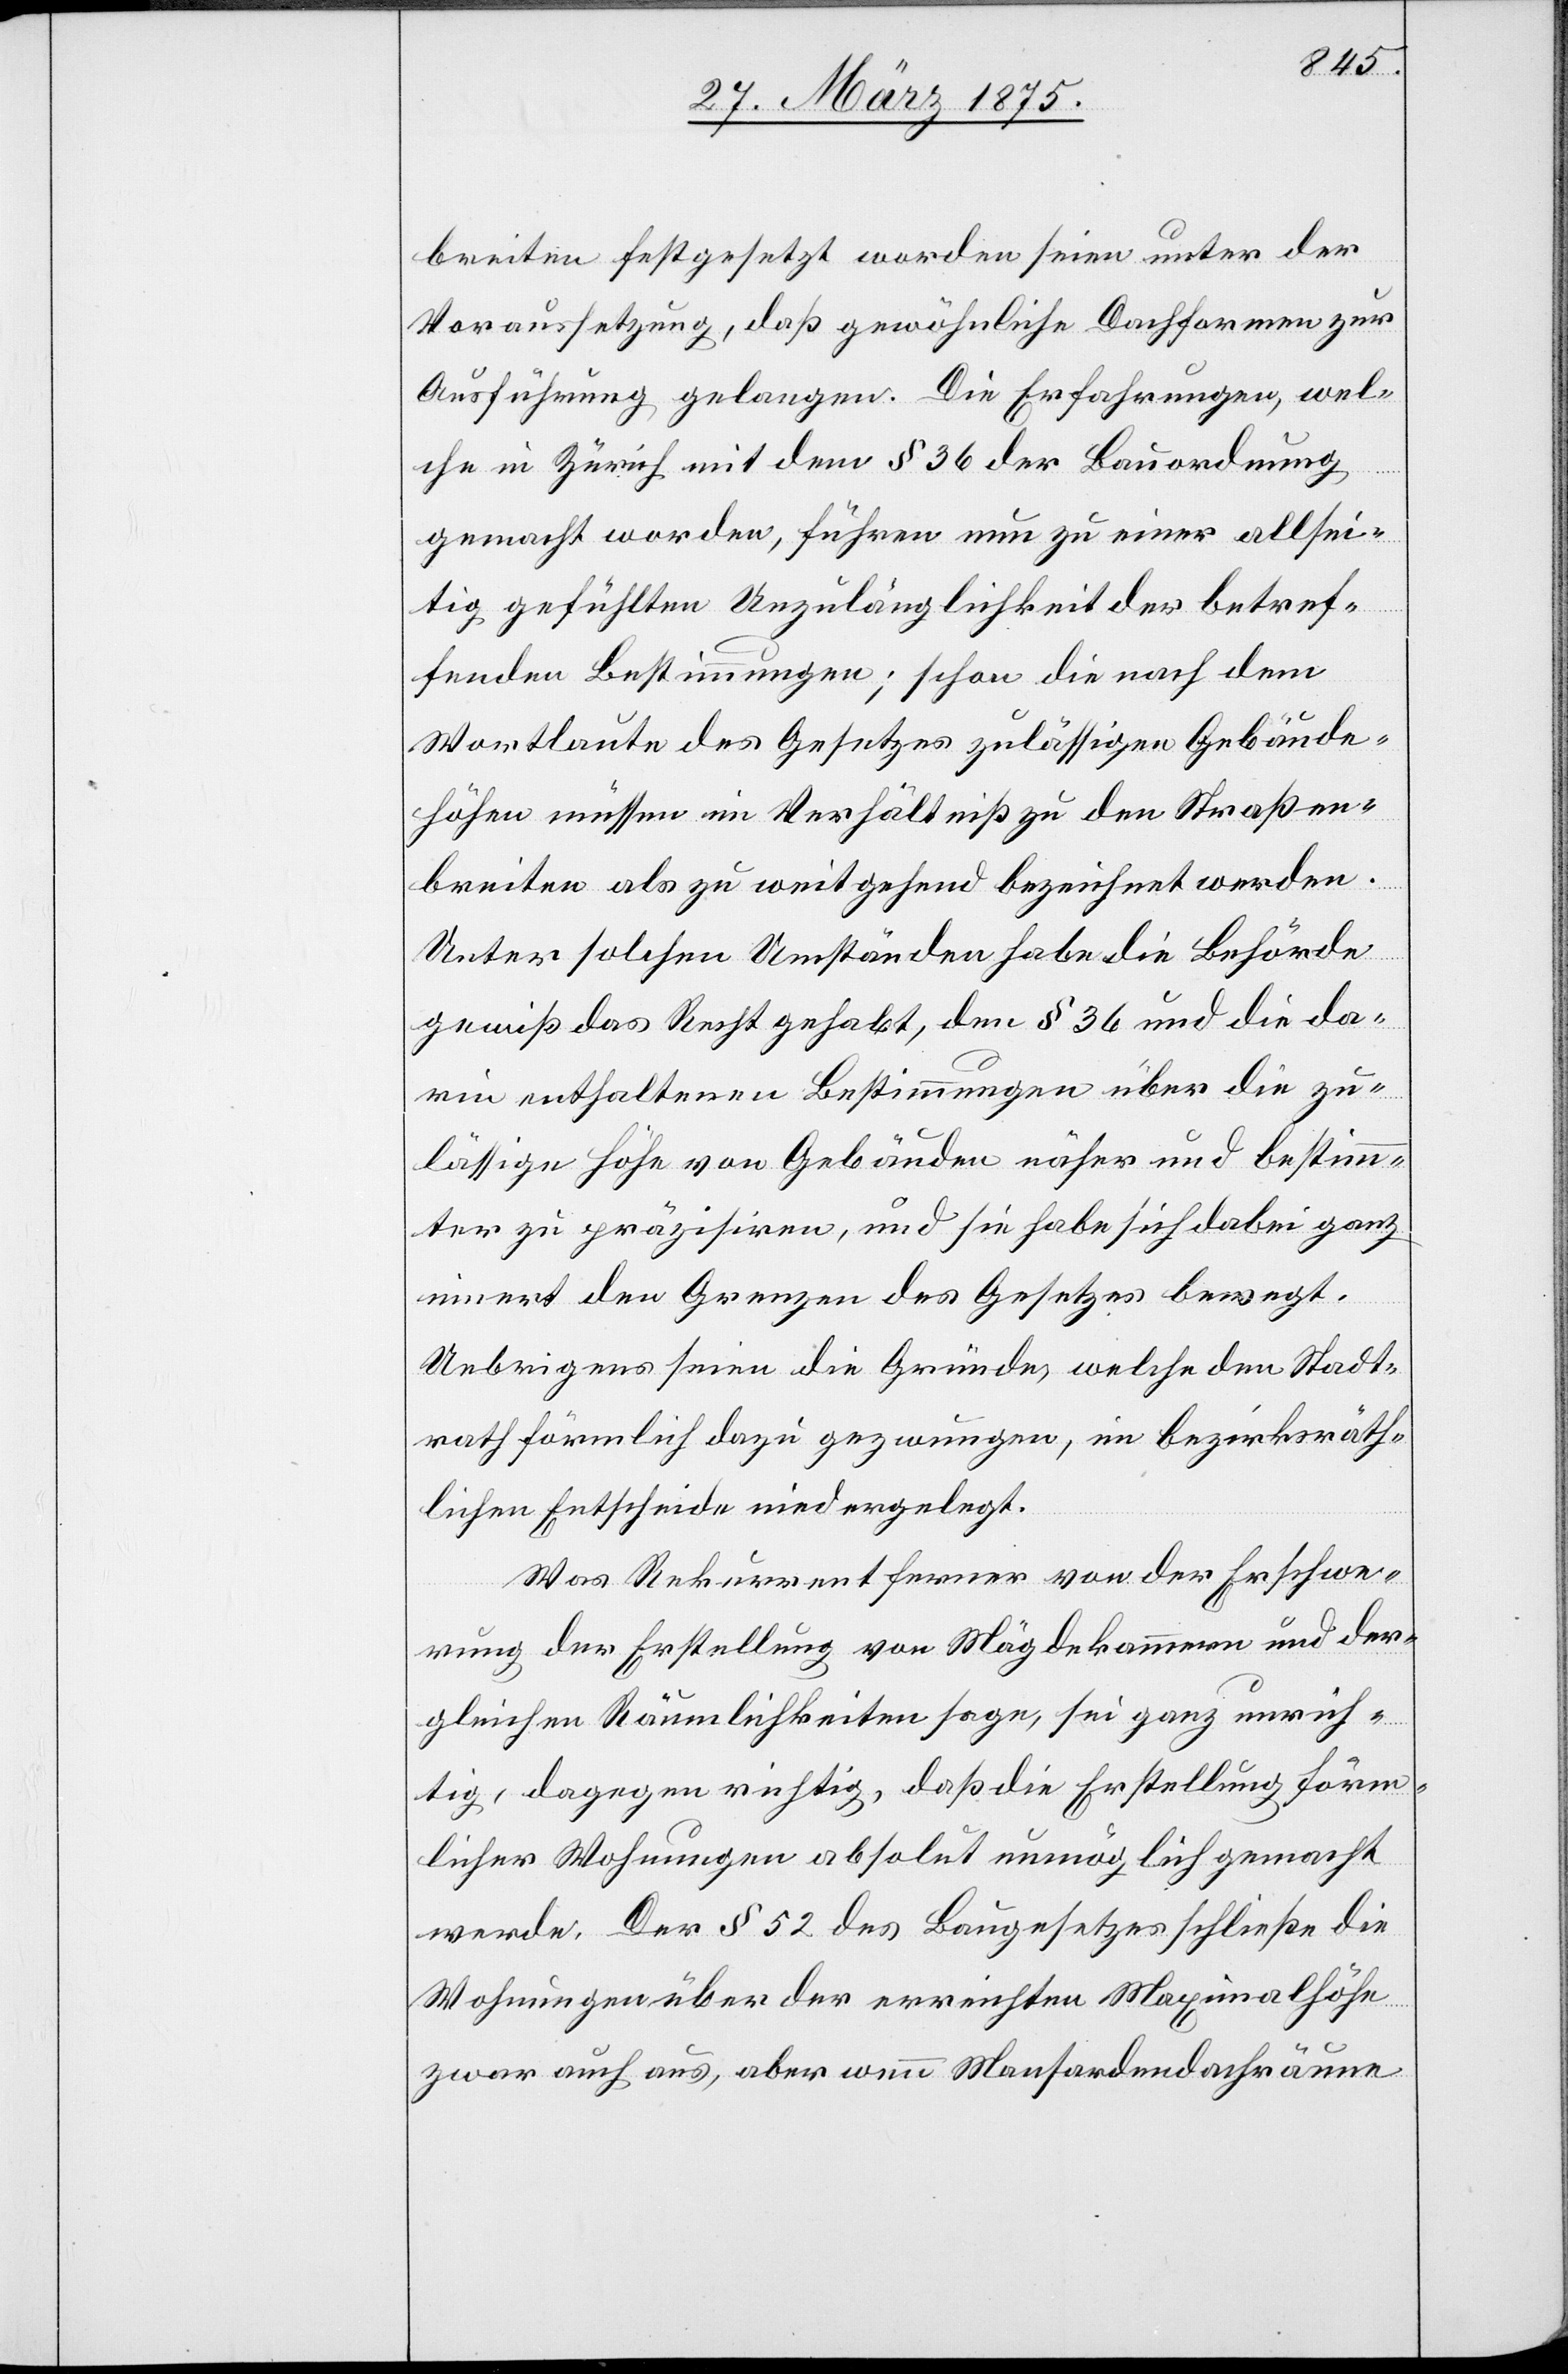
breiten festgesetzt worden seien unter der
Voraussetzung, daß gewöhnliche Dachformen zur
Ausführung gelangen. Die Erfahrungen, wel¬
che in Zürich mit dem § 36 der Bauordnung
gemacht worden, führen nun zu einer allsei¬
tig gefühlten Unzulänglichkeit der betref¬
fenden Bestimmungen; schon die nach dem
Wortlaute des Gesetzes zulässigen Gebäude¬
höhen müssen im Verhältniße zu den Straßen¬
breiten als zu weitgehend bezeichnet werden.
Unter solchen Umständen habe die Behörde
gewiß das Recht gehabt, den § 36 und die da¬
rin enthaltenen Bestimmungen über die zu¬
lässigen Höhe von Gebäuden näher und bestimm¬
ter zu präzisiren, und sie habe sich dabei ganz
innert der Grenzen des Gesetzes bewegt.
Uebrigens seien die Gründe, welche den Stadt¬
rath förmlich dazu gezwungen, im bezirksräth¬
lichen Entscheide niedergelegt.
Was Rekurrent ferner von der Erschwe¬
rung der Erstellung von Mägdekammern und der¬
gleichen Räumlichkeiten sage, sei ganz unrich¬
tig, dagegen richtig, daß die Erstellung förm¬
licher Wohnungen absolut unmöglich gemacht
werde. Der § 52 des Baugesetzes schließe die
Wohnungen über der erreichten Maximalhöhe
zwar auch aus, aber wenn Mansardendachräume